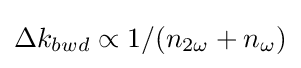
\Delta k_{bwd}\propto 1/(n_{2\omega }+n_{\omega })